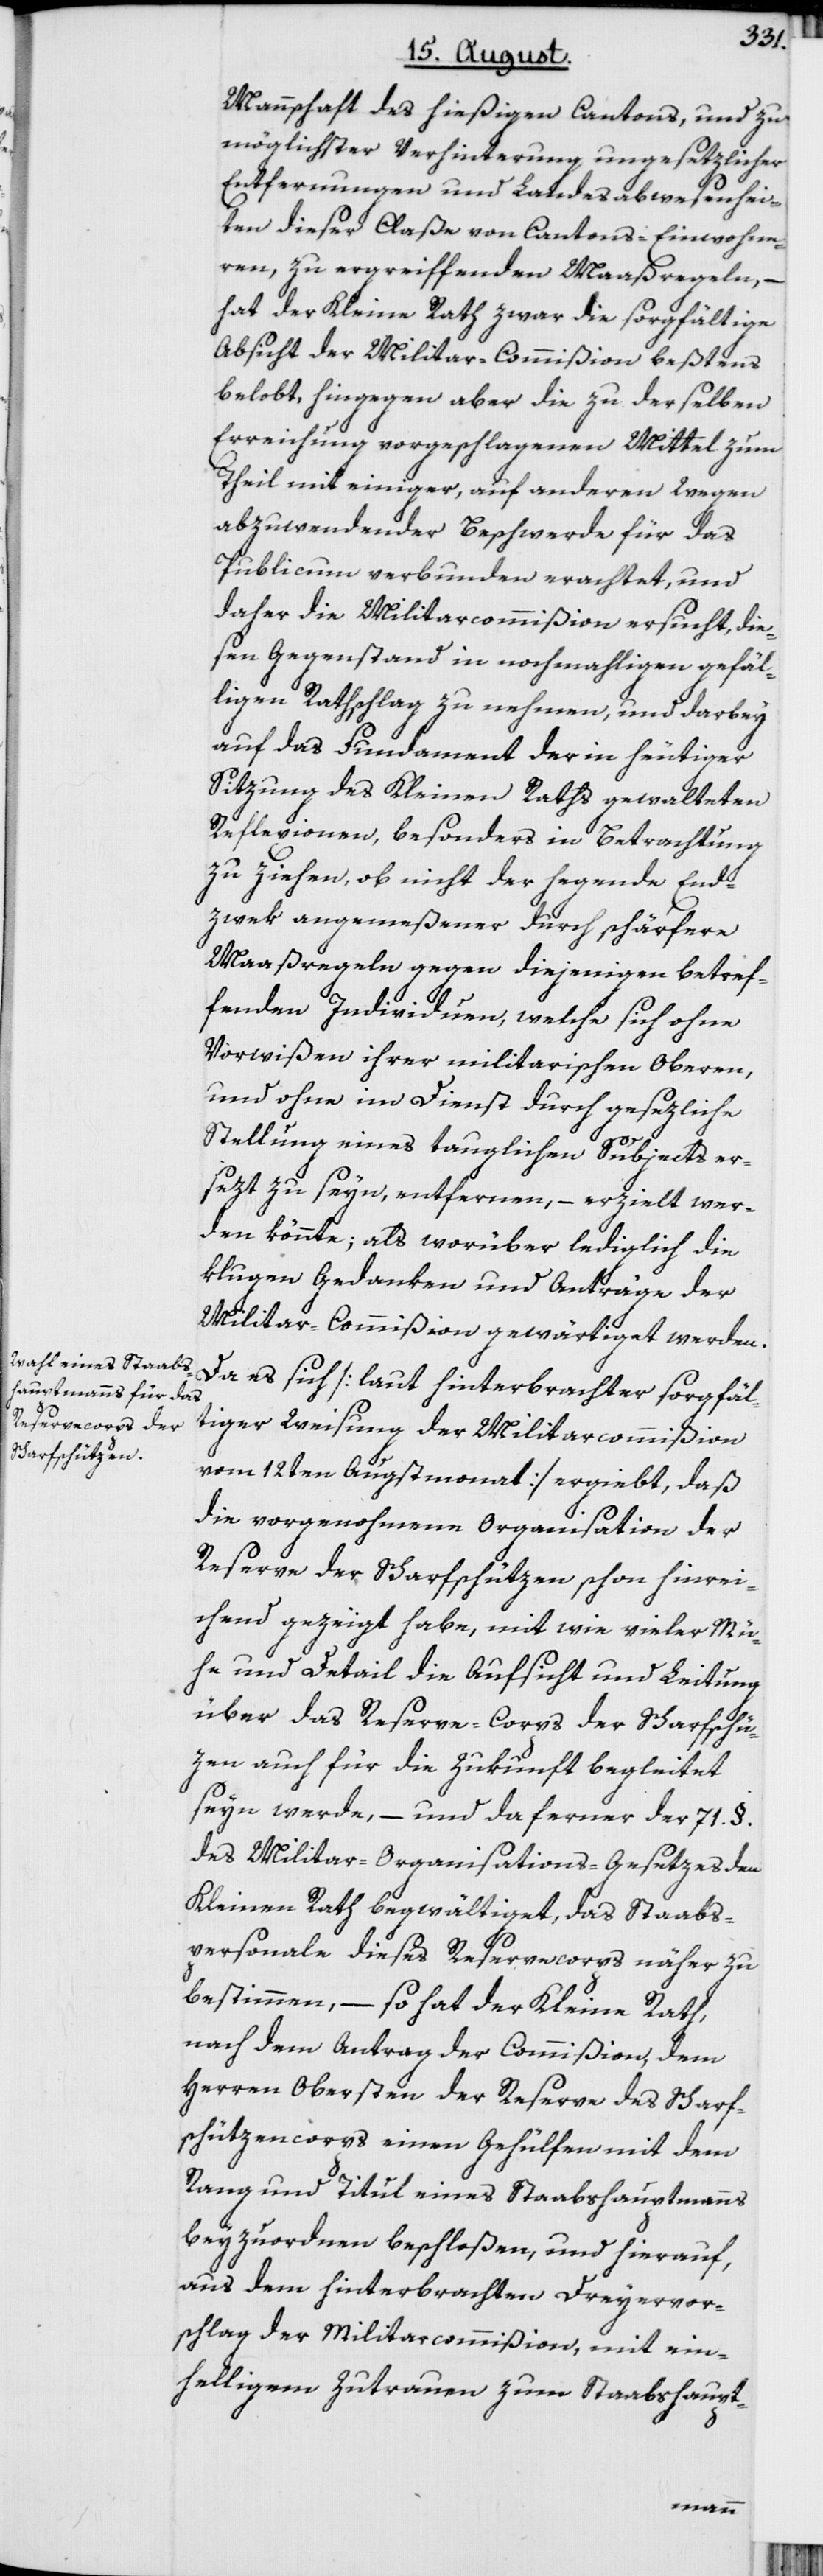
Mannschaft des hießigen Cantons, und zu
möglichster Verhinterung ungesetzlicher
Entfernungen und Landesabwesenhei¬
ten dieser Claße von Cantons-Einwohne¬
ren, zu ergreiffenden Maaßregeln, –
hat der Kleine Rath zwar die sorgfältige
Absicht der Militar-Commißion beßtens
belobt, hingegen aber die zu derselben
Erreichung vorgeschlagenen Mittel zum
Theil mit einiger, auf anderen Wegen
abzuwendender Beschwerde für das
Publicum verbunden erachtet, und
daher die Militarcommißion ersucht, die¬
sen Gegenstand in nochmahligen gefäl¬
ligen Rathschlag zu nehmen, und darbey
auf das Fundament der in heutiger
Sitzung des Kleinen Raths gewalteten
Reflexionen, besonders in Betrachtung
zu ziehen, ob nicht der hegende End¬
zwek angemeßener durch schärfere
Maaßregeln gegen diejenigen betref¬
fenden Individuen, welche sich ohne
Vorwißen ihrer militarischen Oberen,
und ohne im Dienst durch gesezliche
Stellung eines tauglichen Subjects er¬
sezt zu seyn, entfernen, – erzielt wer¬
den könnte; als worüber lediglich die
klugen Gedanken und Anträge der
Militar-Commißion gewärtiget werden.
Da es sich [laut hinterbrachter sorgfäl¬
tiger Weisung der Militarcommißion
vom 12ten Augstmonat] ergiebt, daß
die vorgenohmene Organisation der
Reserve der Scharfschützen schon hinrei¬
chend gezeigt habe, mit wie vieler Mü¬
he und Detail die Aufsicht und Leitung
über das Reserve-Corps der Scharfschü¬
zen auch für die Zukunft begleitet
seyn werde, – und da ferner der 71. §.
des Militar-Organisations-Gesetzes den
Kleinen Rath begwältiget, das Staabs¬
personale dieses Reservecorps näher zu
bestimmen, – so hat der Kleine Rath,
nach dem Antrag der Commißion, dem
Herren Obersten der Reserve des Scharf¬
schützencorps einen Gehülfen mit dem
Rang und Titul eines Staabshauptmanns
aus dem hinterbrachten Dreyervor¬
schlag der Militarcommißion, mit ein¬
helligem Zutrauen zum Staabshaupt-